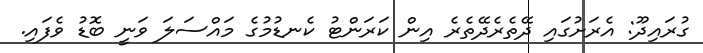
ގުރައިދޫ: އެރަށުގައި ދޭތެރެދޭތެރެ އިން ކަރަންޓު ކެނޑުމުގެ މައްސަލަ ވަނީ ބޮޑު ވެފައި.